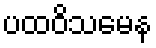
ပထဝိသမေန